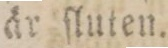
år ſluten.